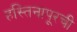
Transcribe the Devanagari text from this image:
हस्तिनापूरची